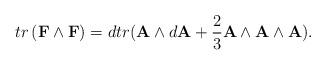
LaTeX: \begin{align*}tr\left( \mathbf{F}\wedge \mathbf{F}\right) =dtr(\mathbf{A}\wedge d\mathbf{A}+\frac{2}{3}\mathbf{A}\wedge \mathbf{A}\wedge \mathbf{A}). \end{align*}